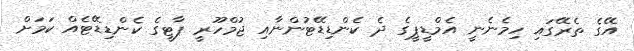
އޭގެ ތެރޭގައި ހިމެނެނީ އެމްޑީޕީގެ ދެ ކެންޑިޑޭޓުންނާއި ޖުމްހޫރީ ޕާޓީގެ ކެންޑިޑޭޓެއް ކަމަށް